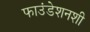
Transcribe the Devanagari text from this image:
फाउंडेशनशी